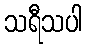
သရီသပါ